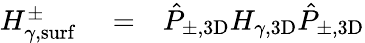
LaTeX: \begin{array}{rlr}{H_{\gamma,\mathrm{surf}}^{\pm}}&{{}=}&{\hat{P}_{\pm,\mathrm{3D}}H_{\gamma,\mathrm{3D}}\hat{P}_{\pm,\mathrm{3D}}}\end{array}